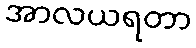
အာလယရတာ